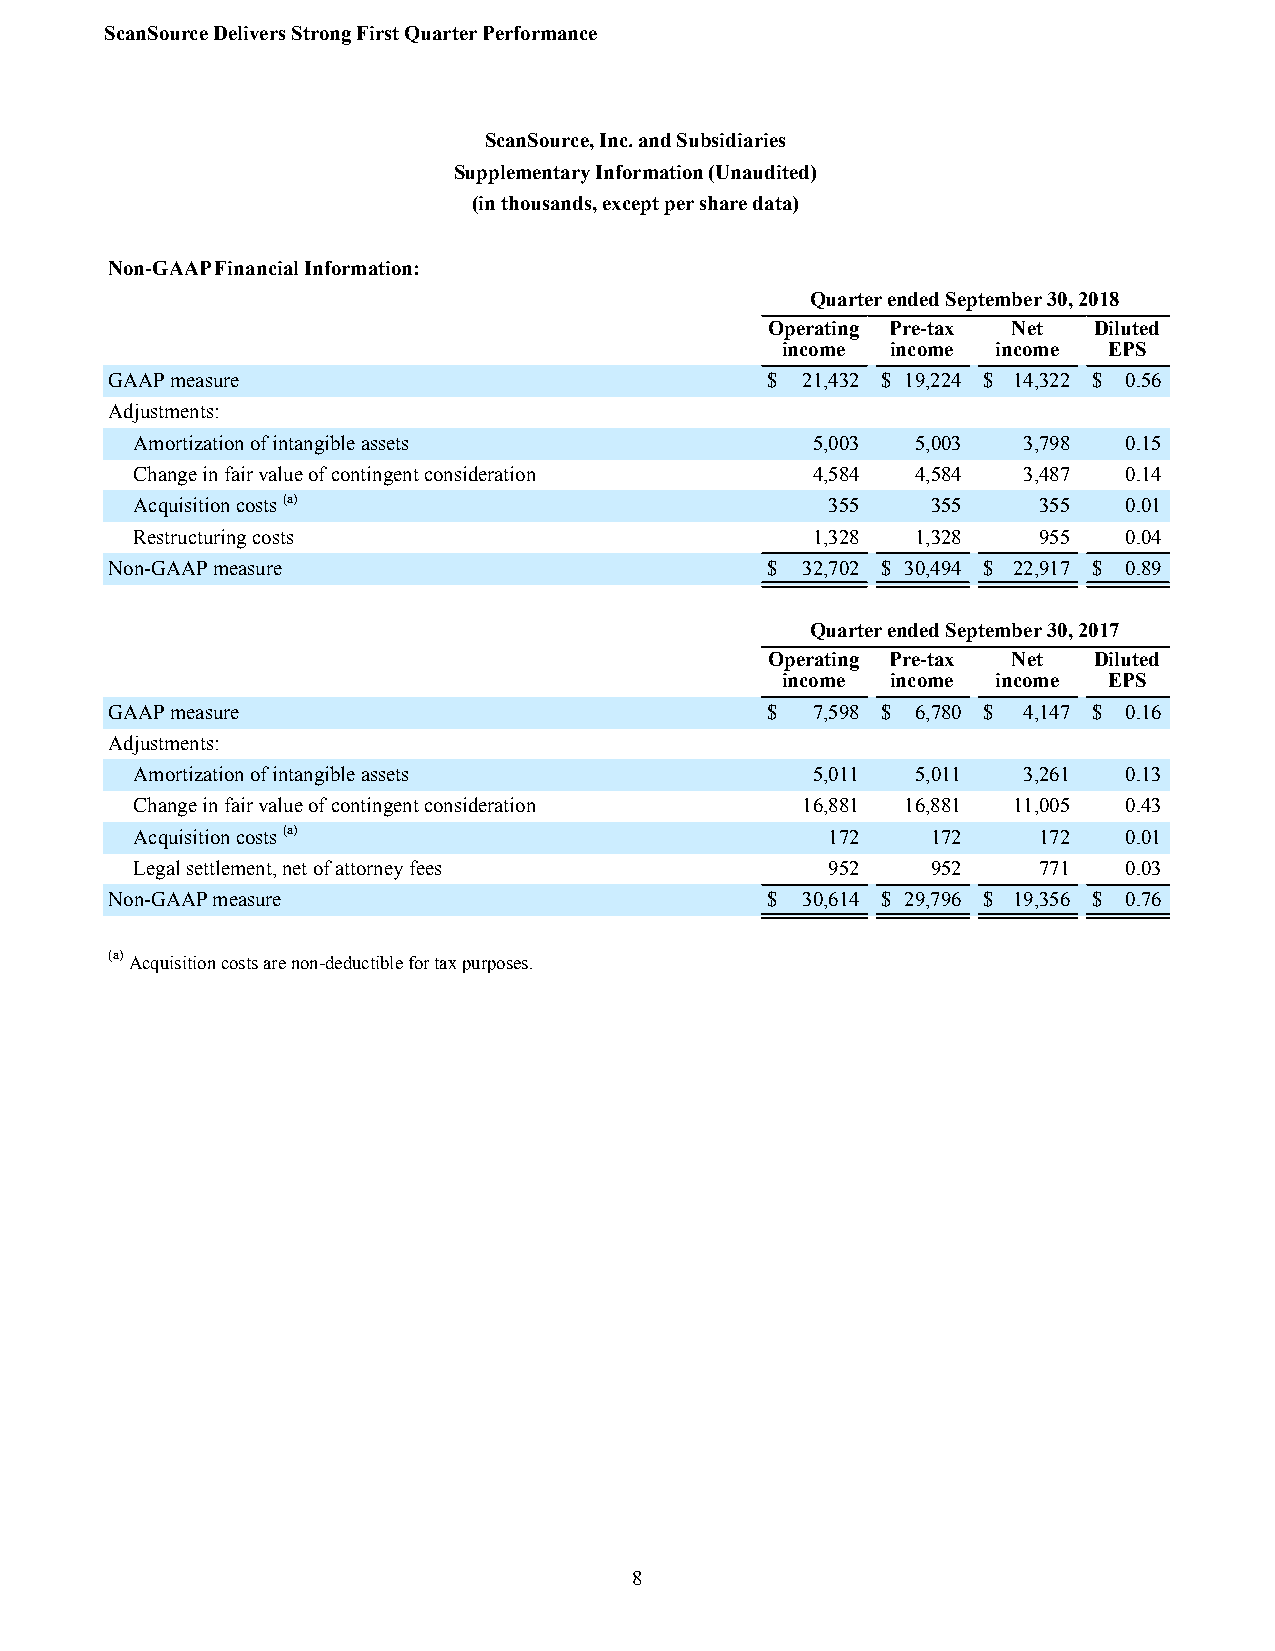
ScanSource Delivers Strong First Quarter Performance
 ScanSource, Inc. and Subsidiaries
 Supplementary Information (Unaudited)
 (in thousands, except per share data)
 Non-GAAP Financial Information:
 Quarter ended September 30, 2018
 Operating Pre-tax Net Diluted
 income income income EPS
 GAAP measure                                $ 21,432 $ 19,224 $ 14,322 $ 0.56
 Adjustments:
 Amortization of intangible assets            5,003  5,003  3,798  0.15
 Change in fair value of contingent consideration 4,584 4,584 3,487 0.14
 Acquisition costs (a)                         355    355    355   0.01
 Restructuring costs                          1,328  1,328   955   0.04
 Non-GAAP measure                            $ 32,702 $ 30,494 $ 22,917 $ 0.89
 Quarter ended September 30, 2017
 Operating Pre-tax Net Diluted
 income income income EPS
 GAAP measure                                $  7,598 $ 6,780 $ 4,147 $ 0.16
 Adjustments:
 Amortization of intangible assets            5,011  5,011  3,261  0.13
 Change in fair value of contingent consideration 16,881 16,881 11,005 0.43
 Acquisition costs (a)                         172    172    172   0.01
 Legal settlement, net of attorney fees        952    952    771   0.03
 Non-GAAP measure                            $ 30,614 $ 29,796 $ 19,356 $ 0.76
 (a) Acquisition costs are non-deductible for tax purposes.
 8